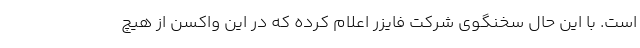
است. با این حال سخنگوی شرکت فایزر اعلام کرده که در این واکسن از هیچ